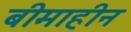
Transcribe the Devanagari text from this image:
बीमाहीन